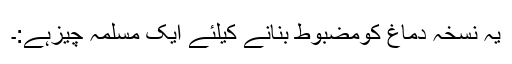
یہ نسخہ دماغ کومضبوط بنانے کیلئے ایک مسلمہ چیزہے:۔